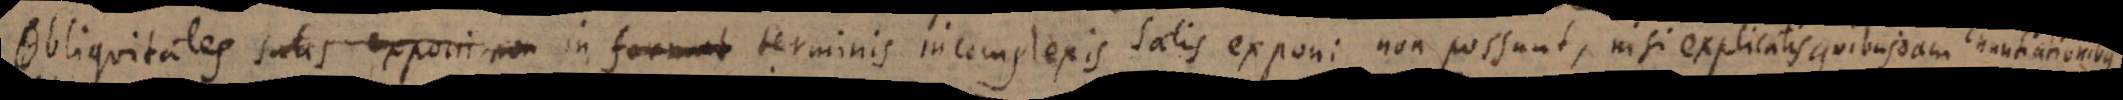
Obliquitates satis exponi non in formul terminis incomplexis satis exponi non possunt, nisi explicatis quibusdam Enuntiationibus.